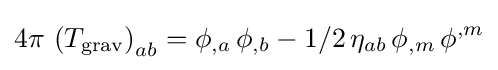
4\pi \,\left(T_{\rm {grav}}\right)_{ab}=\phi _{,a}\,\phi _{,b}-1/2\,\eta _{ab}\,\phi _{,m}\,\phi ^{,m}